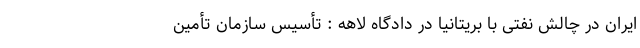
ایران در چالش نفتی با بریتانیا در دادگاه لاهه : تأسیس سازمان تأمین